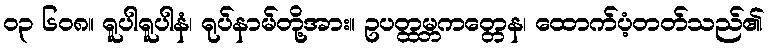
၀၃ ၆၀၈။ ရူပါရူပါနံ၊ ရုပ်နာမ်တို့အား။ ဥပတ္ထမ္ဘကတ္တေန၊ ထောက်ပံ့တတ်သည်၏